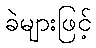
ခဲများဖြင့်